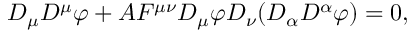
D _ { \mu } D ^ { \mu } \varphi + A F ^ { \mu \nu } D _ { \mu } \varphi D _ { \nu } ( D _ { \alpha } D ^ { \alpha } \varphi ) = 0 ,